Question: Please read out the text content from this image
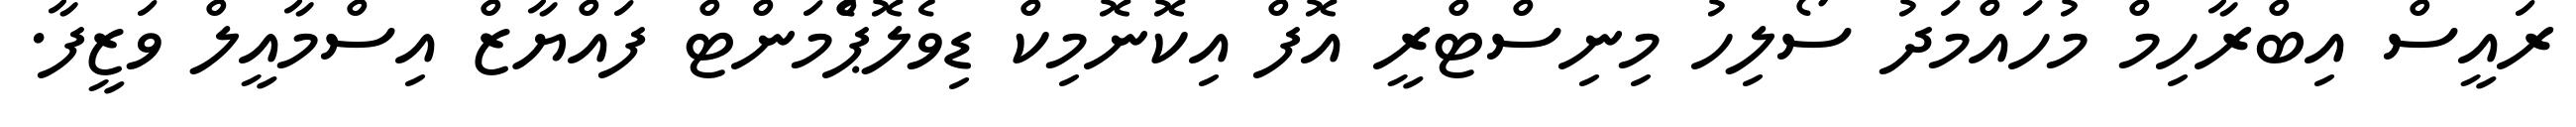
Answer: ރައީސް އިބްރާހިމް މުހައްމަދު ސޯލިހު މިނިސްޓްރީ އޮފް އިކޮނޮމިކް ޑިވެލޮޕްެމަންޓް ފައްޔާޒް އިސްމާއީލް ވަޒީފާ.